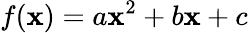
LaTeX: f(\mathbf{x})=a\mathbf{x}^{2}+b\mathbf{x}+c